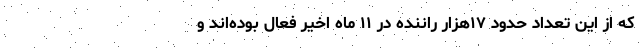
که از این تعداد حدود ۱۷هزار راننده در ۱۱ ماه اخیر فعال بوده‌اند و